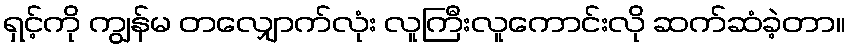
ရှင့်ကို ကျွန်မ တလျှောက်လုံး လူကြီးလူကောင်းလို ဆက်ဆံခဲ့တာ။